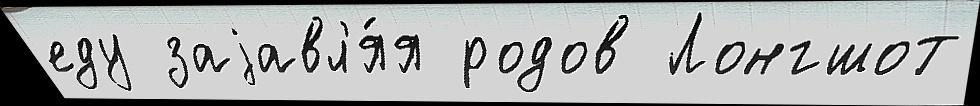
еду заjавл'я́я родов Лонгшот